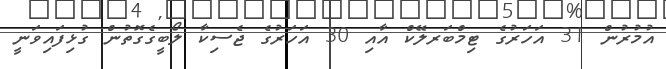
އުމުރުން 31 އަހަރުގެ ޓިމްބަރލޭކް އާއި 30 އަހަރުގެ ޖެސިކާ ލޯބީގެގޮތުން ގުޅިފައިވަނީ